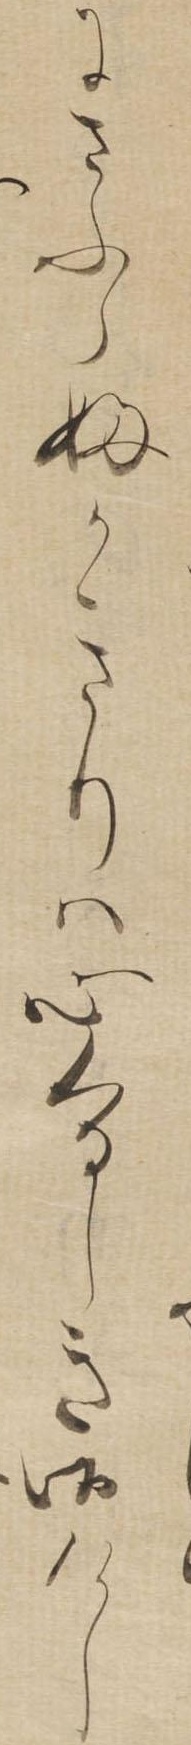
にさふらふかきりは心くるしき御けし